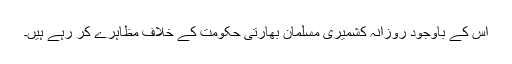
اس کے باوجود روزانہ کشمیری مسلمان بھارتی حکومت کے خلاف مظاہرے کر رہے ہیں۔